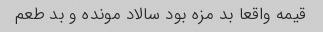
قیمه واقعا بد مزه بود سالاد مونده و بد طعم